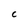
Character: C